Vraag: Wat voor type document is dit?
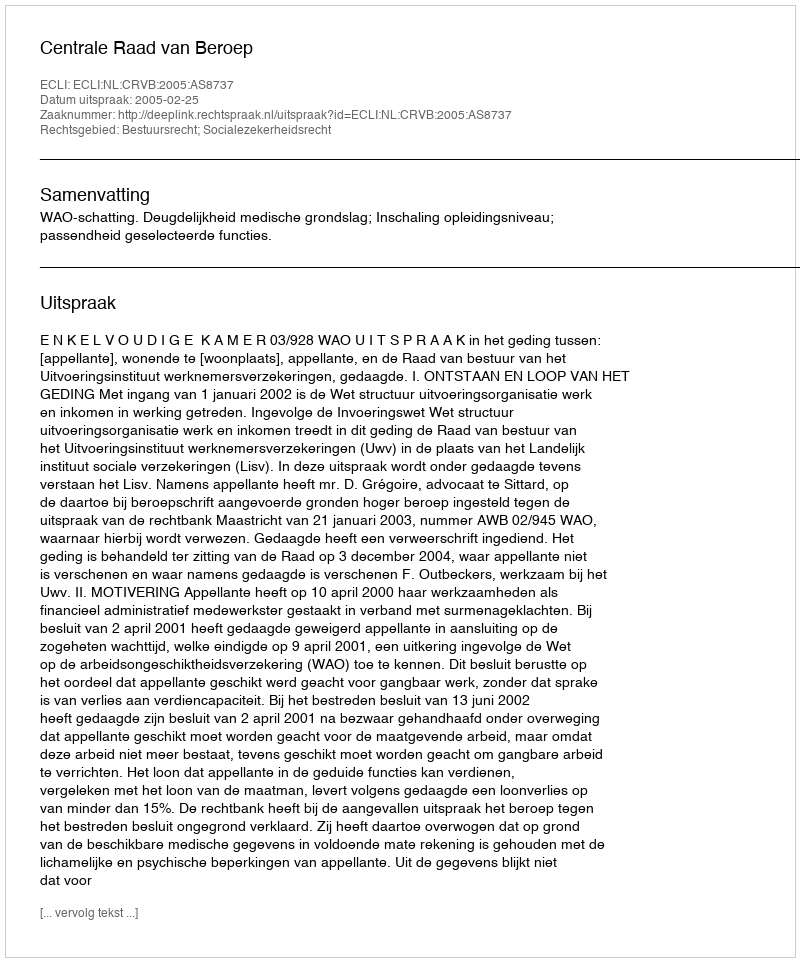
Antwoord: Uitspraak